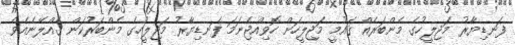
ފަނޑިޔާރު މަޖިލީހުގެ މެންބަރެއް ޤައުމީ މަޖިލީހަށް ހޮވިއްޖެނަމަ ފަނޑިޔާރު މަޖިލީހުގެ މެންބަރުކަން ގެއްލޭނެއެވެ